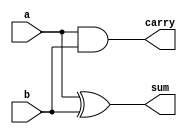


module half_adder_structural(
     input a,
     input b,
     output sum,
     output carry
     );
  
   // Instantiate Verilog built-in primitives and connect them with nets
  xor XOR1 (sum,  a, b); // instantiate a XOR gate
  and AND1 (carry, a, b);  
  
endmodule



module testbench();
  
    // Declare variables and nets for module ports
    reg a;
    reg b;
    wire sum;
    wire carry;  
  
    // Instantiate the module
    half_adder_structural HALF_ADD(
        .a(a),
        .b(b),
        .sum(sum),
        .carry(carry)
        );
  
    // Generate stimulus and monitor module ports
    initial begin
        $monitor("a=%b, b=%b, sum=%b, carry=%b", a, b, sum, carry);
    end  
  
    initial begin
        #1; a = 0; b = 0;
        #1; a = 0; b = 1;
        #1; a = 1; b = 0;
        #1; a = 1; b = 1;
        #1; a = 0; b = 0;
        #1; a = 1; b = 1;
    end
  
endmodule